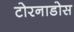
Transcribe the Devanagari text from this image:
टोरनाडोस